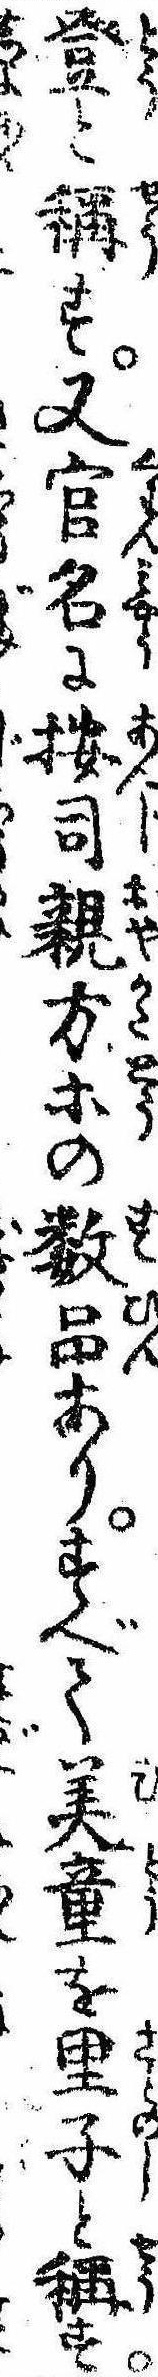
登と称す又官名に按司親方等の数品ありすべて美童を里子と称す